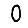
Digit: 0